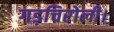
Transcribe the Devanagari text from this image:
गड़चिरोली।